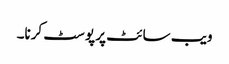
ویب سائٹ پر پوسٹ کرنا۔